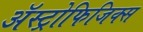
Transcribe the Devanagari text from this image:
अॅस्ट्रोफिजिक्स